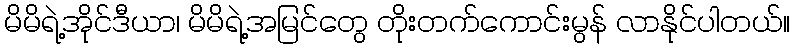
မိမိရဲ့အိုင်ဒီယာ၊ မိမိရဲ့အမြင်တွေ တိုးတက်ကောင်းမွန် လာနိုင်ပါတယ်။